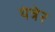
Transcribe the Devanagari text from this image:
यंत्रेर